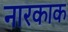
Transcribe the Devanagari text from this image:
नारकाक